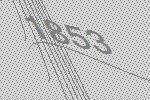
1853